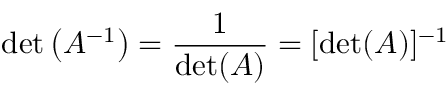
\operatorname* { d e t } \left( A ^ { - 1 } \right) = { \frac { 1 } { \operatorname* { d e t } ( A ) } } = [ \operatorname* { d e t } ( A ) ] ^ { - 1 }